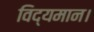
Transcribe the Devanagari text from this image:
विद्यमान।